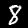
Label: 8